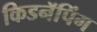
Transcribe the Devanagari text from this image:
किडनॅपिंग